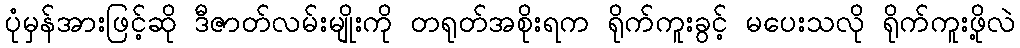
ပုံမှန်အားဖြင့်ဆို ဒီဇာတ်လမ်းမျိုးကို တရုတ်အစိုးရက ရိုက်ကူးခွင့် မပေးသလို ရိုက်ကူးဖို့လဲ